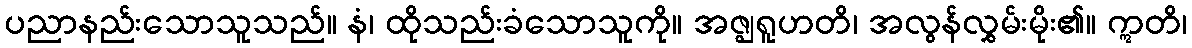
ပညာနည်းသောသူသည်။ နံ၊ ထိုသည်းခံသောသူကို။ အဇ္ဈရူဟတိ၊ အလွန်လွှမ်းမိုး၏။ ဣတိ၊